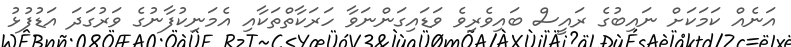
އަނެއް ކަމަކަށް ނައިބުގެ ރައީސް ބައިވެރިވެ ވަޑައިގަންނަވާ ހަރަކާތްތަކާއި އެމަނިކުފާނުގެ ވަރުގަދަ އަޑުފުޅު